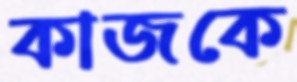
কাজকে